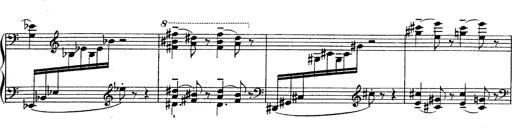
Title: Fantasie Ã¼ber Themen aus Mozarts Figaro und Don Giovanni
Composer: Franz Liszt